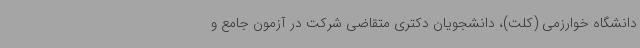
دانشگاه خوارزمی (کلت)، دانشجویان دکتری متقاضی شرکت در آزمون جامع و